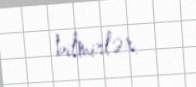
bilmirlər.